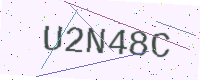
Text: U2N48C